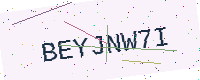
Text: BEYJNW7I